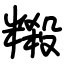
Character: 䊛